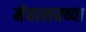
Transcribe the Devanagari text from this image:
मेघालयच्या